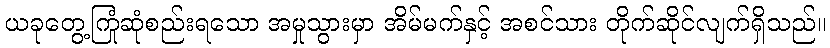
ယခုတွေ့ကြုံဆုံစည်းရသော အမှုသွားမှာ အိမ်မက်နှင့် အစင်သား တိုက်ဆိုင်လျက်ရှိသည်။